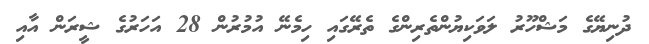
ދުނިޔޭގެ މަޝްހޫރު ލަވަކިޔުންތެރިންގެ ތެރޭގައި ހިމެނޭ އުމުރުން 28 އަހަރުގެ ޝީރަން އާއި